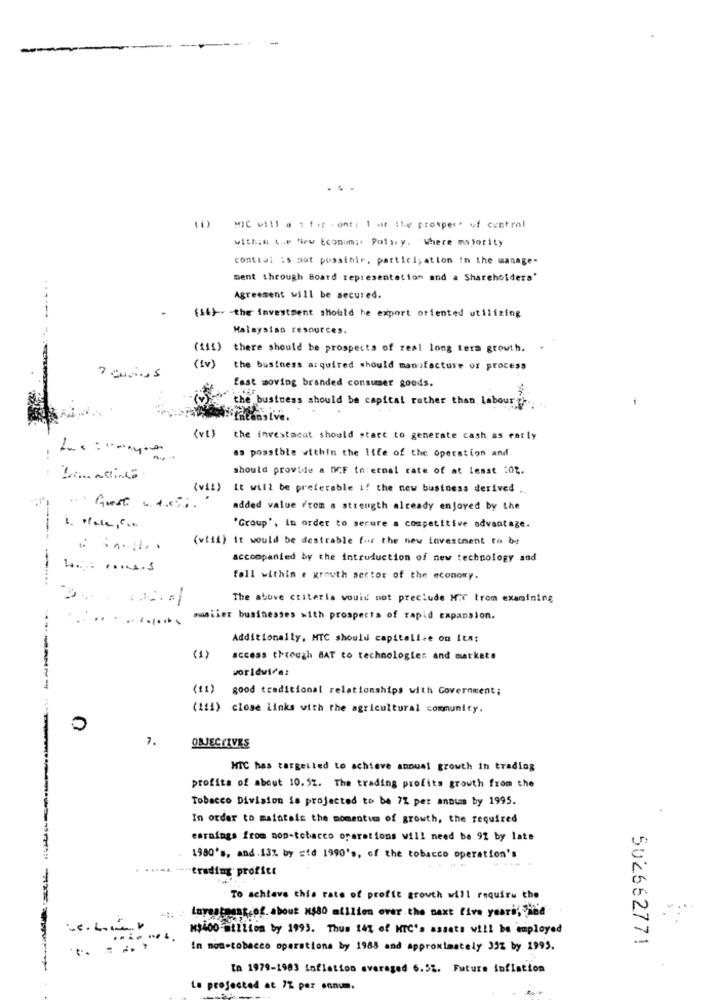
. . .
MIC will a 1 for - ont, 1 at the prospect of central
within the New Economic Policy. Where majority
control is aot possibir, participation in the manage-
ment through Board representation and a Shareholders'
..
Agreement will be secured.
-
(14). the investment should he export oriented utilizing
Malaysiao resources.
(111) there should be prospects of real long term growth.
(tv)
the business arquired should manufacture of process
fast moving branded consumer goods.
the business should be capital rather than labourin.
the investacat should start to generate cash as early
as possible within the life of the operation and
should provide a DCF internal rate of at least :02.
(vi!)
It will be preferable i! the new business derived ..
.Guest . det
added value From a strength already enjoyed by the
'Group", in order to secure a competitive advantage.
(viii) it would be desirable for the new lovestment to be
accompanied by the introduction of new technology and
fall within . growth sector of the economy.
-
The above ctiteria would not preclude M.7 trom examining
.............
awniier businesses with prospects of rapid expansion.
Additionally, MTC should capitalize on ItA:
(1)
access through BAT to technologies and markets
worldwide:
(11)
good traditional relationships with Government;
(111) close Links with the agricultural community.
0
7.
OBJECTIVES
HTC has targetted to achieve annual growth in trading
profits of about 10. 52. The trading profits growth from the
Tobacco Division is projected to be 7% per annums by 1995.
In order to maintale the momentim of growth, the required
earnings from nop-tobacco operations will need be 92 by late
1980's, and.13% by sid 1990's, of the tobacco operation's
*-- trading profici
To achieve this rate of profit growth will require the
Lavestment of about M$80 million over the next five years; ind
M$400 million by 1995. Thus 14% of HTC's assets will be employed
502662771
In non-tobacco operations by 1985 and approximately 332 by 1995.
En 1979-1983 Inflation averaged 6.St. Future inflation
La projected at 7% per annum.